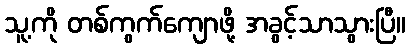
သူ့ကို တစ်ကွက်ကျောဖို့ အခွင့်သာသွားပြီ။